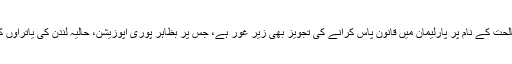
کسی بھی وسیع تر قومی مصالحت کے نام پر پارلیمان میں قانون پاس کرانے کی تجویز بھی زیر غور ہے، جس پر بظاہر پوری اپوزیشن، حالیہ لندن کی یاتراؤں کے بعد رضامند نظر آتی ہے۔